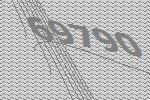
69790